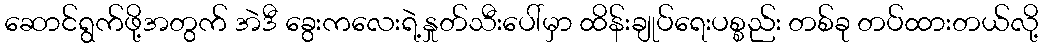
ဆောင်ရွက်ဖို့အတွက် အဲဒီ ခွေးကလေးရဲ့နှုတ်သီးပေါ်မှာ ထိန်းချုပ်ရေးပစ္စည်း တစ်ခု တပ်ထားတယ်လို့